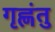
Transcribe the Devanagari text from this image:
गृह्णंतु